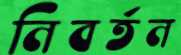
নিবর্তন